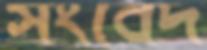
সংবেদ